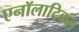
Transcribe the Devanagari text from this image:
एनॉलाटिकल